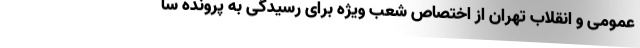
عمومی و انقلاب تهران از اختصاص شعب ویژه برای رسیدگی به پرونده‌ سا